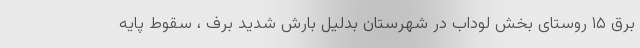
برق ۱۵ روستای بخش لوداب در شهرستان بدلیل بارش شدید برف ، سقوط پایه